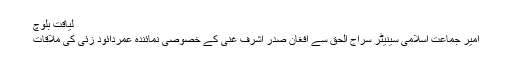
لیاقت بلوچ
امیر جماعت اسلامی سینیٹر سراج الحق سے افغان صدر اشرف غنی کے خصوصی نمائندہ عمردائود زئی کی ملاقات